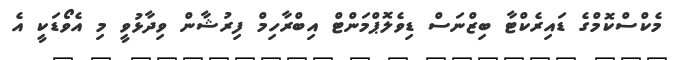
މެކްސްކޮމްގެ ޑައިރެކްޓާ ބިޒްނަސް ޑިވެލޮޕްމަންޓް އިބްރާހިމް ފިރުޝާން ވިދާޅުވީ މި އެވޯޑަކީ އެ